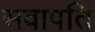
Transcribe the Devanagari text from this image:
सवापति